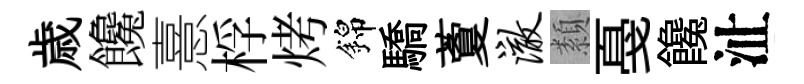
歳饞憙桴烤錦驕藑澈纇戞饞沚